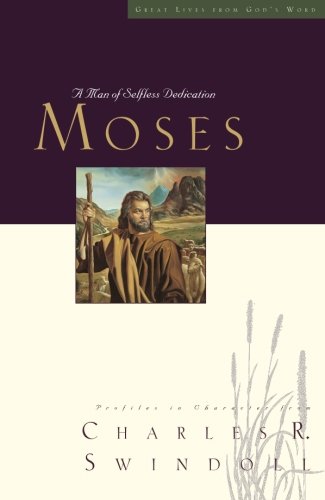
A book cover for Great Lives: Moses: A Man of Selfless Dedication (Great Lives Series); Charles R. Swindoll; Christian Books & Bibles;